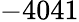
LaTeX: -4041